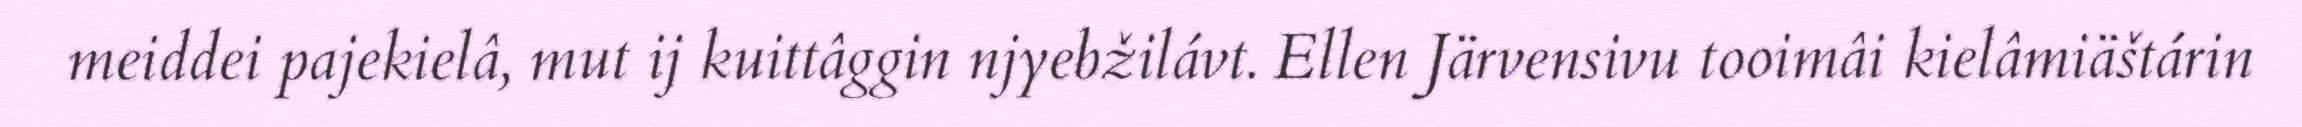
meiddei pajekielâ, mut ij kuittâggin njyebžilávt. Ellen Järvensivu tooimâi kielâmiäštárin